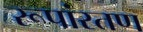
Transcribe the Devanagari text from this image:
रूपांरतण